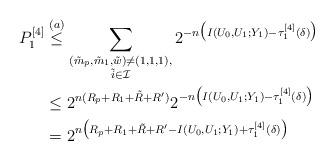
LaTeX: \begin{align*}P_1^{[4]}&\stackrel{(a)}\leq\sum_{\substack{(\tilde{m}_p,\tilde{m}_1,\tilde{w})\neq (1,1,1),\\\tilde{i}\in\mathcal{I}}}2^{-n\big(I(U_0,U_1;Y_1)-\tau^{[4]}_1(\delta)\big)}\\ &\leq2^{n(R_p+R_1+\tilde{R}+R')}2^{-n\big(I(U_0,U_1;Y_1)-\tau^{[4]}_1(\delta)\big)}\\ &=2^{n\big(R_p+R_1+\tilde{R}+R'-I(U_0,U_1;Y_1)+\tau^{[4]}_1(\delta)\big)}\end{align*}